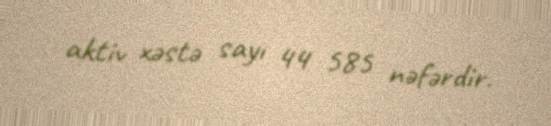
aktiv xəstə sayı 44 585 nəfərdir.